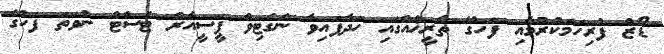
ޑޯޒް ފުރިހަމަކުރުމާއި ފަހުގެ ތާރީޚެއްގައި ހަދާފައިވާ ނެގެޓިވް ޕީސީއާރް ޓެސްޓް ނުވަތަ ފަހުގެ